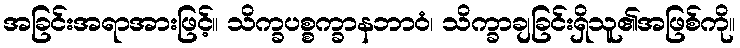
အခြင်းအရာအားဖြင့်။ သိက္ခပစ္စက္ခာနဘာဝံ၊ သိက္ခာချခြင်းရှိသူ၏အဖြစ်ကို။